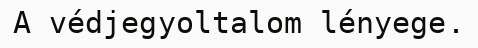
A védjegyoltalom lényege.